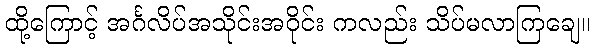
ထို့ကြောင့် အင်္ဂလိပ်အသိုင်းအဝိုင်း ကလည်း သိပ်မလာကြချေ။